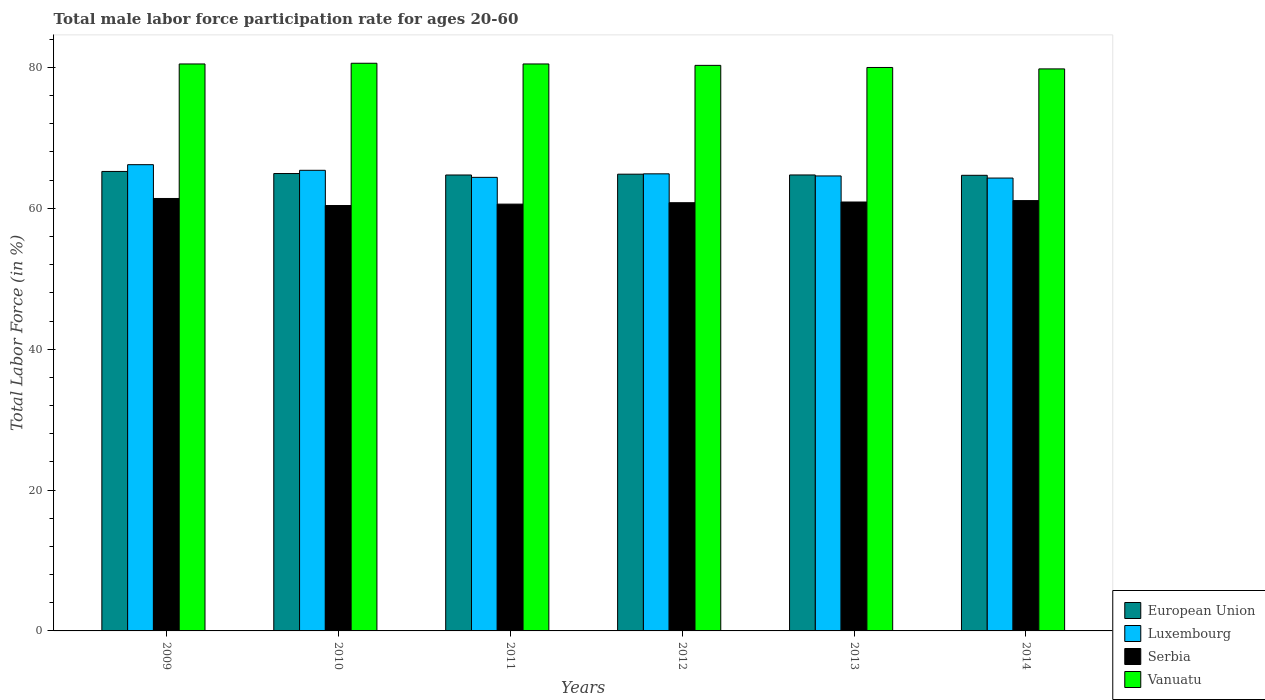
| Years | European Union | Luxembourg | Serbia | Vanuatu |
 | --- | --- | --- | --- | --- |
 | 2009 | 65.2 | 66.2 | 61.4 | 80.5 |
 | 2010 | 64.9 | 65.4 | 60.4 | 80.6 |
 | 2011 | 64.7 | 64.4 | 60.6 | 80.5 |
 | 2012 | 64.9 | 64.9 | 60.8 | 80.3 |
 | 2013 | 64.7 | 64.6 | 60.9 | 80 |
 | 2014 | 64.7 | 64.3 | 61.1 | 79.8 |